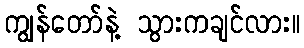
ကျွန်တော်နဲ့ သွားကချင်လား။